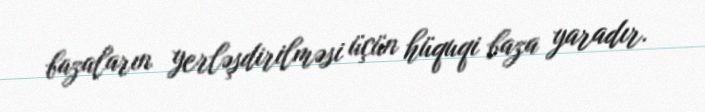
bazaların yerləşdirilməsi üçün hüquqi baza yaradır.